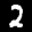
Label: 2